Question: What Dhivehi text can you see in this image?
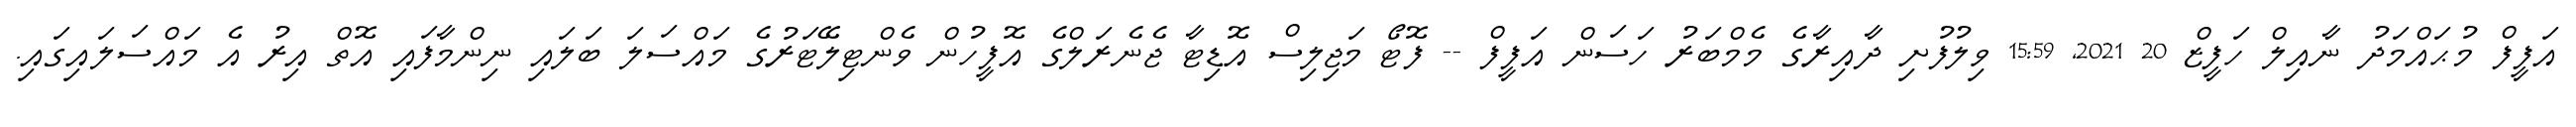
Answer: އަފީފް މުޙައްމަދު ނާއިލް ހަފީޒް 20 2021, 15:59 ވިލުފުށި ދާއިރާގެ މެމްބަރު ހަސަން އަފީފް -- ފޮޓޯ މަޖިލިސް އޮޑިޓާ ޖެނެރަލްގެ އޮފީހުން ވެންޓިލޭޓަރުގެ މައްސަލަ ބަލައި ނިންމާފައި އޮތް އިރު އެ މައްސަލައިގައި.